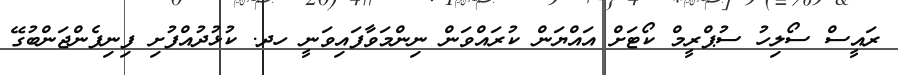
ރައީސް ސޯލިހު ސުޕްރީމް ކޯޓަށް އައްޔަން ކުރައްވަން ނިންމަވާފައިވަނީ ހދ. ކުޅުދުއްފުށި ފިނިފެންޖަންބުގޭ